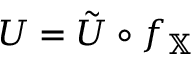
U = \tilde { U } \circ f _ { \mathbb { X } }